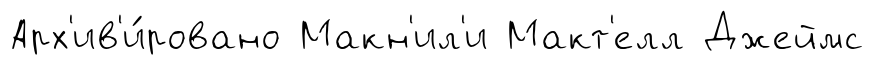
Арх'ив'и́ровано Макн'ил'и Макт'елл Джеймс